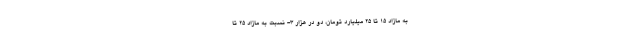
به مازاد ۱۵ تا ۲۵ میلیارد تومان، دو در هزار ۳- نسبت به مازاد ۲۵ تا